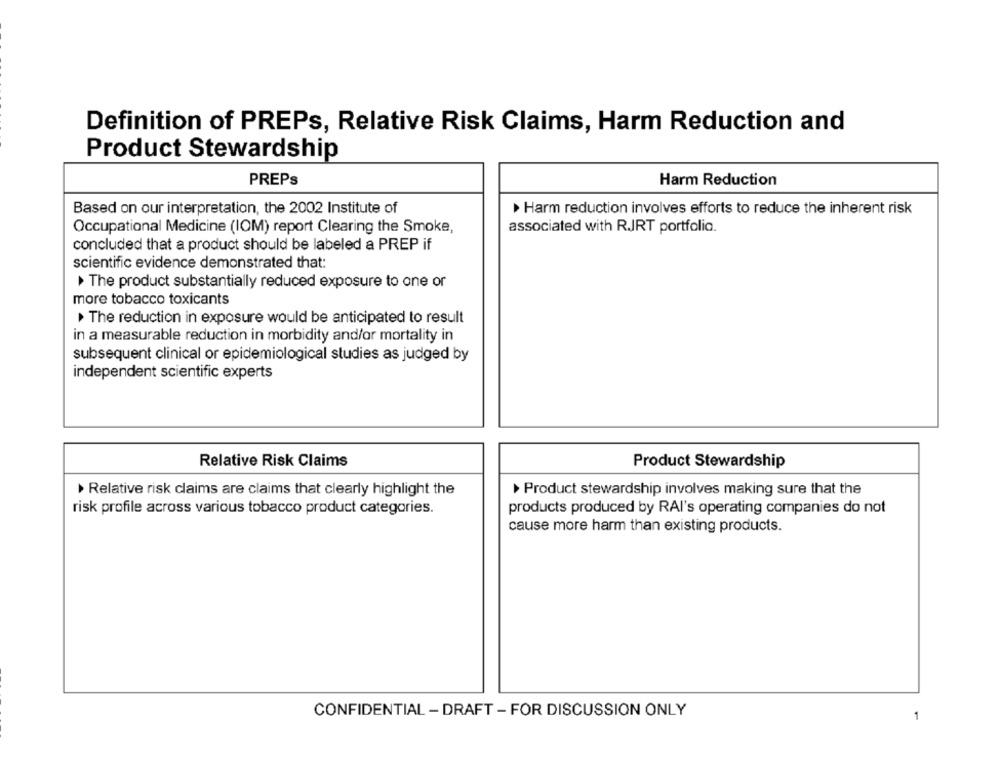
Definition of PREPs, Relative Risk Claims, Harm Reduction and
Product Stewardship
PREPS
Harm Reduction
Based on our interpretation, the 2002 Institute of
> Harm reduction involves efforts to reduce the inherent risk
Occupational Medicine (IOM) report Clearing the Smoke,
associated with RJRT portfolio.
concluded that a product should be labeled a PREP if
scientific evidence demonstrated that:
The product substantially reduced exposure to one or
more tobacco toxicants
The reduction in exposure would be anticipated to result
in a measurable reduction in morbidity and/or mortality in
subsequent clinical or epidemiological studies as judged by
independent scientific experts
Relative Risk Claims
Product Stewardship
> Relative risk claims are claims that clearly highlight the
Product stewardship involves making sure that the
risk profile across various tobacco product categories.
products produced by RAI's operating companies do not
cause more harm than existing products.
CONFIDENTIAL - DRAFT - FOR DISCUSSION ONLY
1